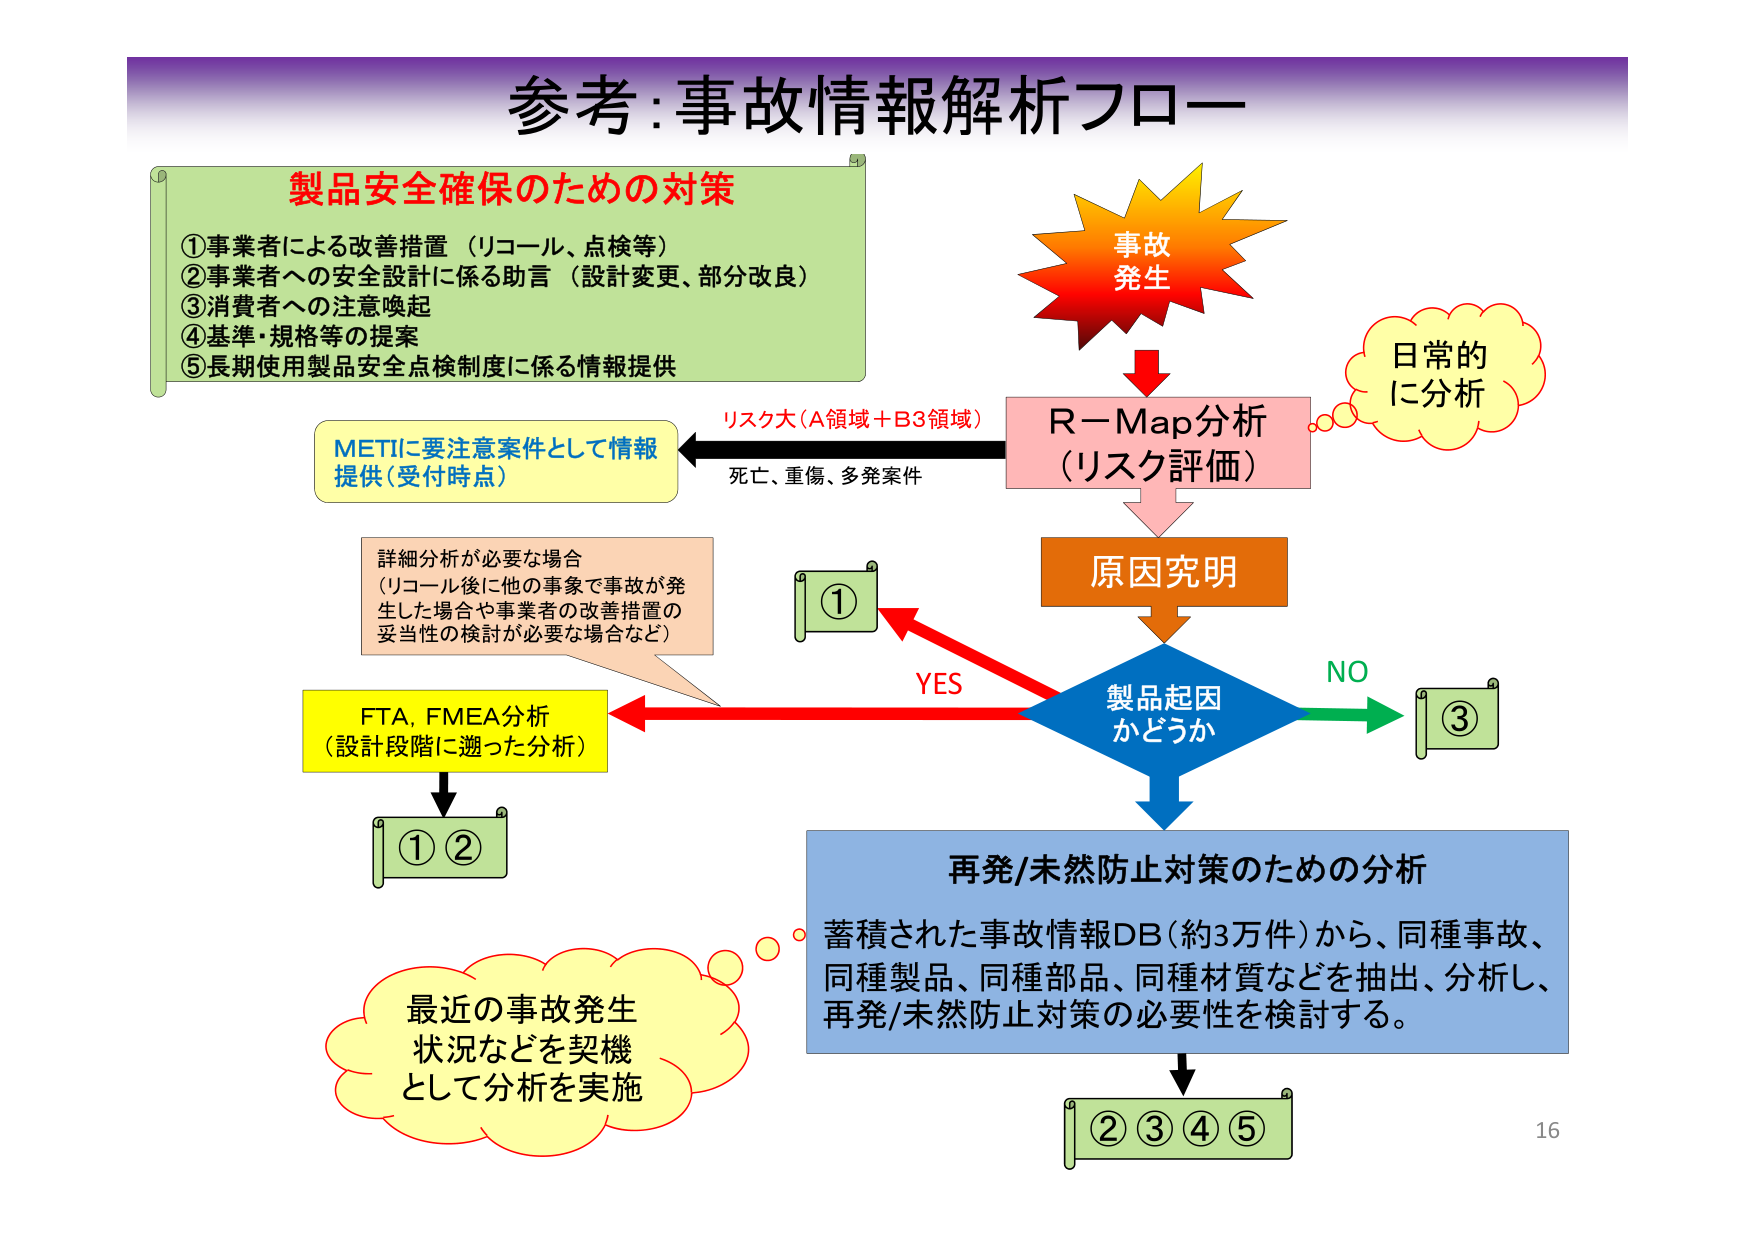
参考:事故情報解析フロー

製品安全確保のための対策
①事業者による改善措置（リコール、点検等）
②事業者への安全設計に係る助言（設計変更、部分改良）
③消費者への注意喚起
④基準・規格等の提案
⑤長期使用製品安全点検制度に係る情報提供

事故
発生

日常的
に分析

R－Map分析
（リスク評価）

リスク大（A領域＋B3領域）
死亡、重傷、多発案件

METIに要注意案件として情報
提供（受付時点）

詳細分析が必要な場合
（リコール後に他の事案で事故が発
生した場合や事業者の改善措置の
妥当性の検討が必要な場合など）

FTA, FMEA分析
（設計段階に遡った分析）

原因究明

製品起因
かどうか

YES

NO

①

③

①②

最近の事故発生
状況などを契機
として分析を実施

再発/未然防止対策のための分析
蓄積された事故情報DB（約3万件）から、同種事故、
同種製品、同種部品、同種材質などを抽出、分析し、
再発/未然防止対策の必要性を検討する。

②③④⑤

16